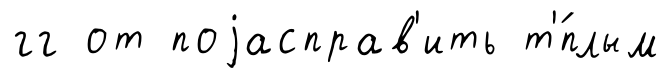
гг от поjасправ'ить т'́плым